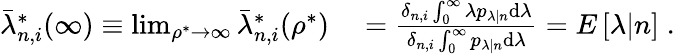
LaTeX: \begin{array}{rl}{\bar{\lambda}_{n,i}^{*}(\infty)\equiv\operatorname*{lim}_{\rho^{*}\to\infty}\bar{\lambda}_{n,i}^{*}(\rho^{*})}&{{}=\frac{\delta_{n,i}\int_{0}^{\infty}\lambda p_{\lambda|n}\mathrm{d}\lambda}{\delta_{n,i}\int_{0}^{\infty}p_{\lambda|n}\mathrm{d}\lambda}=E\left[\lambda|n\right]\; .}\end{array}